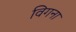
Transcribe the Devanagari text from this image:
विगना